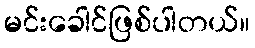
မင်းခေါင်ဖြစ်ပါတယ်။